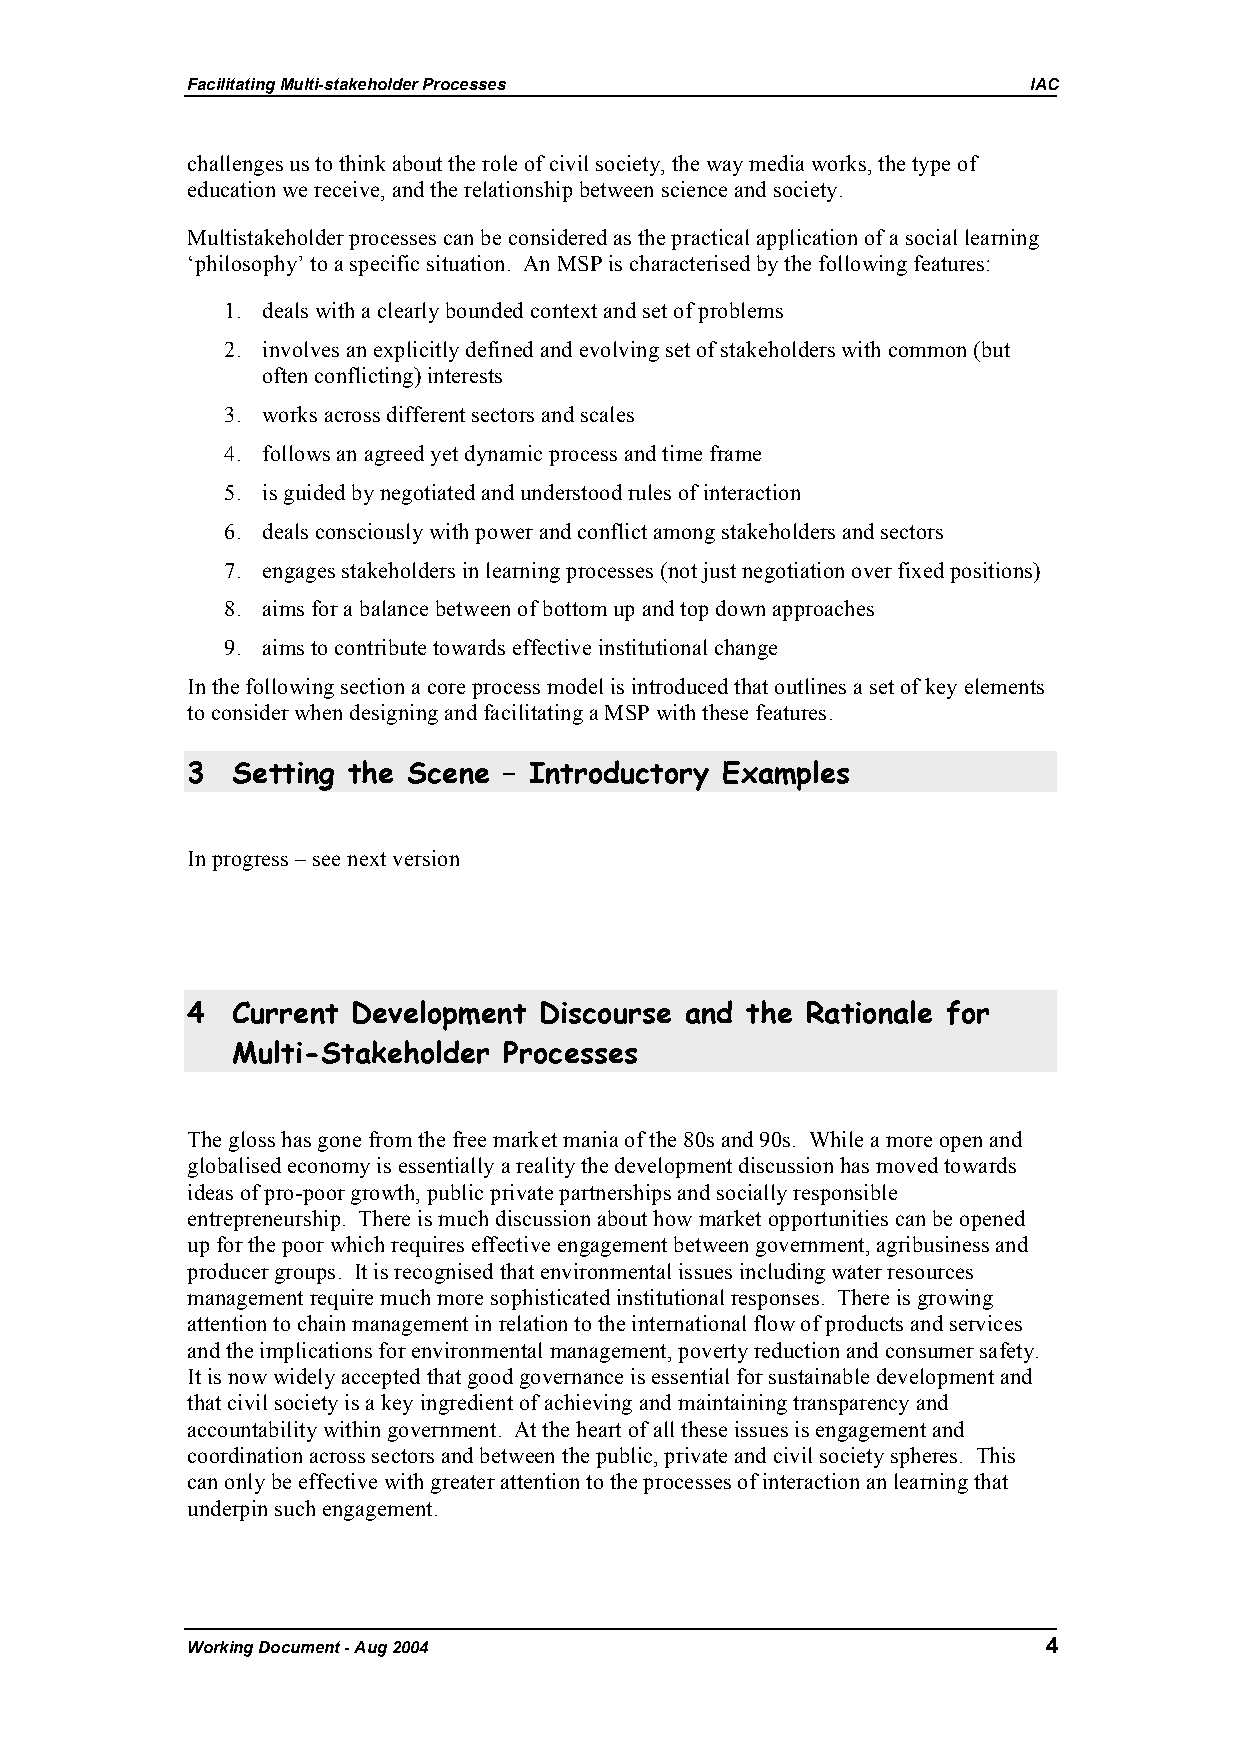
Facilitating Multi-stakeholder Processes                IAC
 challenges us to think about the role of civil society, the way media works, the type of
 education we receive, and the relationship between science and society.
 Multistakeholder processes can be considered as the practical application of a social learning
 ‘philosophy’ to a specific situation. An MSP is characterised by the following features:
 1. deals with a clearly bounded context and set of problems
 2. involves an explicitly defined and evolving set of stakeholders with common (but
 often conflicting) interests
 3. works across different sectors and scales
 4. follows an agreed yet dynamic process and time frame
 5. is guided by negotiated and understood rules of interaction
 6. deals consciously with power and conflict among stakeholders and sectors
 7. engages stakeholders in learning processes (not just negotiation over fixed positions)
 8. aims for a balance between of bottom up and top down approaches
 9. aims to contribute towards effective institutional change
 In the following section a core process model is introduced that outlines a set of key elements
 to consider when designing and facilitating a MSP with these features.
 3  Setting the Scene – Introductory Examples
 In progress – see next version
 4  Current Development  Discourse and the Rationale for
 Multi-Stakeholder Processes
 The gloss has gone from the free market mania of the 80s and 90s. While a more open and
 globalised economy is essentially a reality the development discussion has moved towards
 ideas of pro-poor growth, public private partnerships and socially responsible
 entrepreneurship. There is much discussion about how market opportunities can be opened
 up for the poor which requires effective engagement between government, agribusiness and
 producer groups. It is recognised that environmental issues including water resources
 management require much more sophisticated institutional responses. There is growing
 attention to chain management in relation to the international flow of products and services
 and the implications for environmental management, poverty reduction and consumer safety.
 It is now widely accepted that good governance is essential for sustainable development and
 that civil society is a key ingredient of achieving and maintaining transparency and
 accountability within government. At the heart of all these issues is engagement and
 coordination across sectors and between the public, private and civil society spheres. This
 can only be effective with greater attention to the processes of interaction an learning that
 underpin such engagement.
 Working Document - Aug 2004                              4